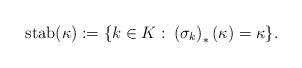
LaTeX: \begin{align*} \operatorname{stab}(\kappa):=\{k\in K:\:\left(\sigma_k\right)_\ast(\kappa)=\kappa\}.\end{align*}